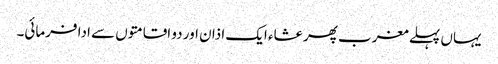
یہاں پہلے مغرب پھر عشاء ایک اذان اور دو اقامتوں سے ادا فرمائی۔